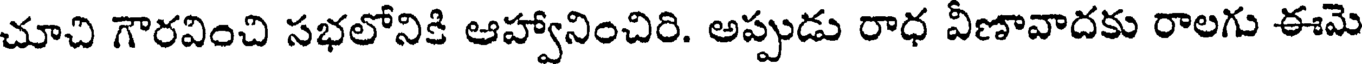
చూచి గౌరవించి సభలోనికి ఆహ్వానించిరి. అప్పుడు రాధ వీణావాదకు రాలగు ఈమె